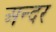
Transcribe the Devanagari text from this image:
अन्दर